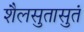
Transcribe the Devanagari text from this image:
शैलसुतासुतं